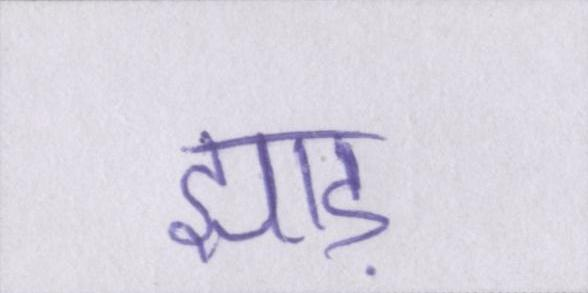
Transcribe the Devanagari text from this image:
झाड़